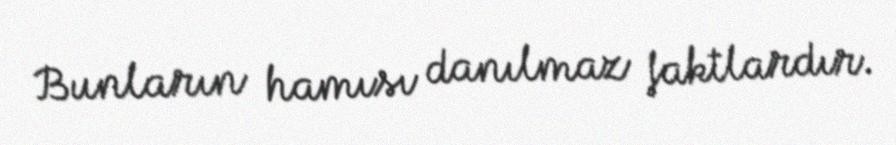
Bunların hamısı danılmaz faktlardır.